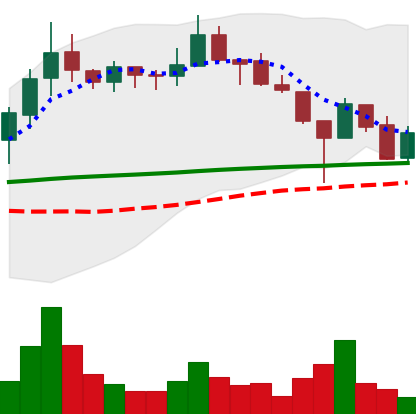
Ticker: LINK-USD
Chart end date: 2019-02-01
Forward return: -4.685%
Label: down_3_5